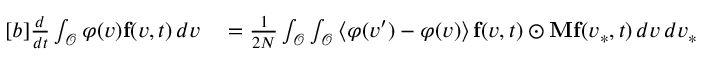
\begin{array} { r } { \begin{array} { r l } { [ b ] \frac { d } { d t } \int _ { \mathcal { O } } \varphi ( v ) \mathbf { f } ( v , t ) \, d v } & { { } = \frac { 1 } { 2 N } \int _ { \mathcal { O } } \int _ { \mathcal { O } } \left\langle \varphi ( v ^ { \prime } ) - \varphi ( v ) \right\rangle \mathbf { f } ( v , t ) \odot \mathbf { M } \mathbf { f } ( v _ { \ast } , t ) \, d v \, d v _ { \ast } } \end{array} } \end{array}